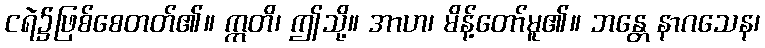
ငရဲ၌ဖြစ်စေတတ်၏။ ဣတိ၊ ဤသို့။ အာဟ၊ မိန့်တော်မူ၏။ ဘန္တေ နာဂသေန၊